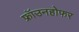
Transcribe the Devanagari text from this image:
फ्रॉउनहोफर